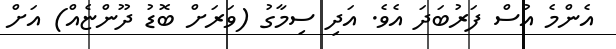
އެންމެ އުސް ފަރުބަދަ އެވެ. އަދި ސިމާގު (ވަރަށް ބޮޑު ދޫންޏެއް) އަށް